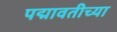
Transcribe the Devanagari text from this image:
पद्मावतीच्या